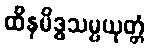
ထိနမိဒ္ဓသမ္ပယုတ္တံ